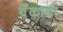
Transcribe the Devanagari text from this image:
बॅंकाना